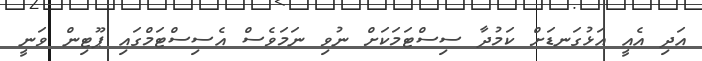
އަދި އެއީ އަޅުގަނޑަށް ކަމުދާ ސިސްޓަމަކަށް ނުވި ނަމަވެސް އެސިސްޓަމްގައި ޕޫޓިން ވަނީ